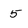
Character: 5